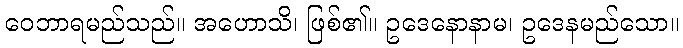
ဝေဘာရမည်သည်။ အဟောသိ၊ ဖြစ်၏။ ဥဒေနောနာမ၊ ဥဒေနမည်သော။